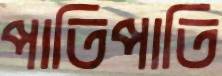
পাতিপাতি